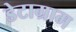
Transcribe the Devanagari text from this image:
डेटाग्राम